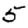
Digit: 5